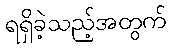
ရရှိခဲ့သည့်အတွက်